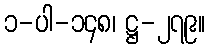
၁-ပါ-၁၄၈၊ ဋ္ဌ-၂၇၉။